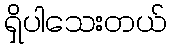
ရှိပါသေးတယ်